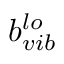
b _ { v i b } ^ { l o }